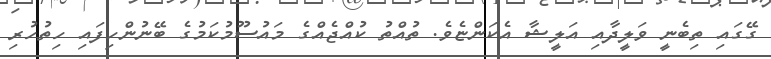
ގޭގައި ތިބެނީ ވަލީދާއި އަލީޝާ އެކަންޏެވެ. ތުއްތު ކުއްޖެއްގެ މައުސޫމުކަމުގެ ބޭނުންހިފައި ހިތުހުރި